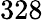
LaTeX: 328